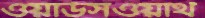
ওয়ার্ডসওয়ার্থ